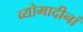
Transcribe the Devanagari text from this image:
व्योमादीनां